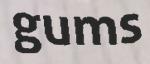
gums